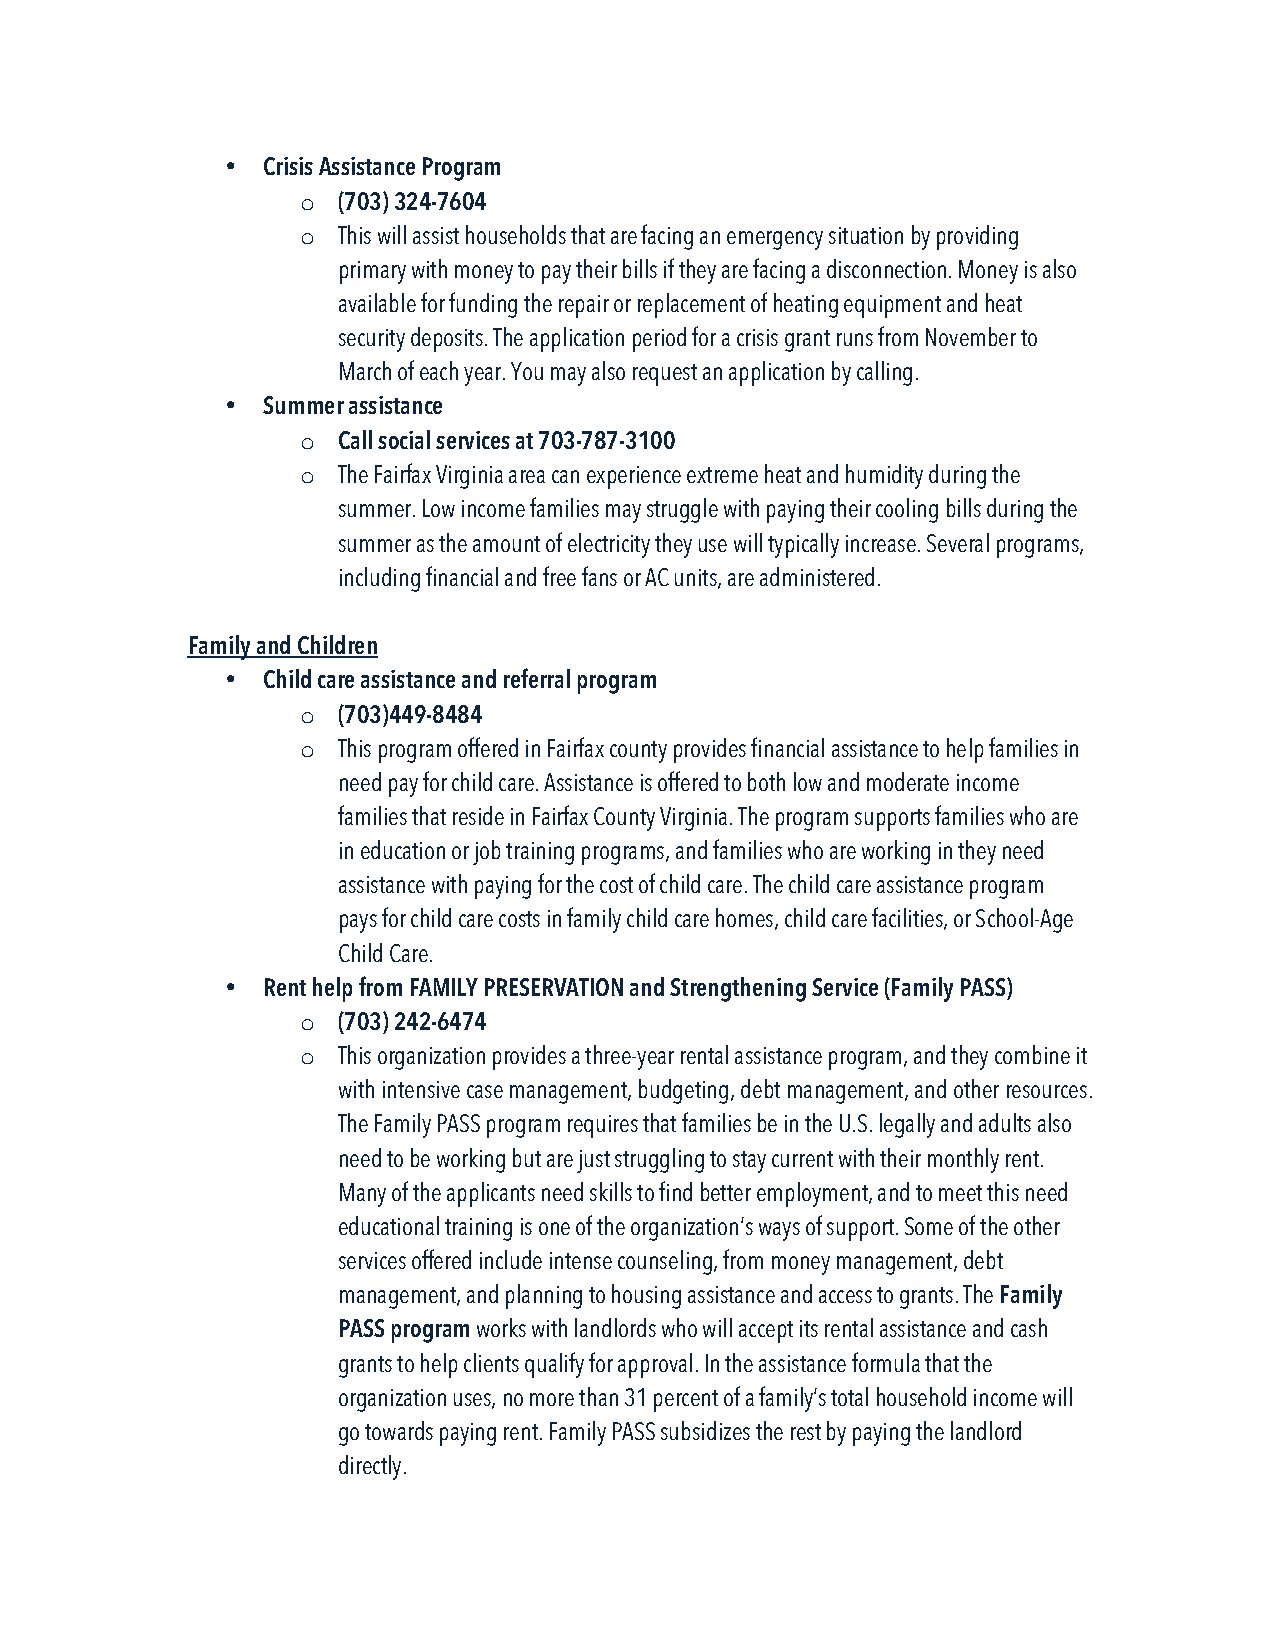
• Crisis Assistance Program
 o (703) 324-7604
 o This will assist households that are facing an emergency situation by providing
 primary with money to pay their bills if they are facing a disconnection. Money is also
 available for funding the repair or replacement of heating equipment and heat
 security deposits. The application period for a crisis grant runs from November to
 March of each year. You may also request an application by calling.
 • Summer assistance
 o Call social services at 703-787-3100
 o The Fairfax Virginia area can experience extreme heat and humidity during the
 summer. Low income families may struggle with paying their cooling bills during the
 summer as the amount of electricity they use will typically increase. Several programs,
 including financial and free fans or AC units, are administered.
 Family and Children
 • Child care assistance and referral program
 o (703)449-8484
 o This program offered in Fairfax county provides financial assistance to help families in
 need pay for child care. Assistance is offered to both low and moderate income
 families that reside in Fairfax County Virginia. The program supports families who are
 in education or job training programs, and families who are working in they need
 assistance with paying for the cost of child care. The child care assistance program
 pays for child care costs in family child care homes, child care facilities, or School-Age
 Child Care.
 • Rent help from FAMILY PRESERVATION and Strengthening Service (Family PASS)
 o (703) 242-6474
 o This organization provides a three-year rental assistance program, and they combine it
 with intensive case management, budgeting, debt management, and other resources.
 The Family PASS program requires that families be in the U.S. legally and adults also
 need to be working but are just struggling to stay current with their monthly rent.
 Many of the applicants need skills to find better employment, and to meet this need
 educational training is one of the organization’s ways of support. Some of the other
 services offered include intense counseling, from money management, debt
 management, and planning to housing assistance and access to grants. The Family
 PASS program works with landlords who will accept its rental assistance and cash
 grants to help clients qualify for approval. In the assistance formula that the
 organization uses, no more than 31 percent of a family’s total household income will
 go towards paying rent. Family PASS subsidizes the rest by paying the landlord
 directly.